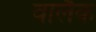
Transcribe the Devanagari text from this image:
वालैक